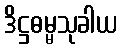
ဒိဋ္ဌဓမ္မသုခါယ